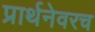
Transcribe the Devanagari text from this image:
प्रार्थनेवरच